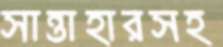
সান্তাহারসহ